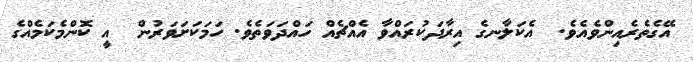
އޭގެތެރެއިންވެއެވެ.  އެކަލާނގެ އިރާދަކުރައްވާ އެއްޗެއް ހައްދަވަތެވެ. ހަމަކަށަވަރުން  އީ ކޮންމެކަމެއްގެ